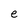
Character: e